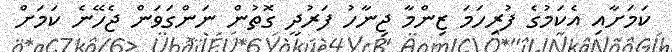
ކަމަށާއި އެކަމުގެ ފުރިހަމަ ޒިންމާ ޖިނާހު ފަރުދީ ގޮތުން ނަންގަވަން ޖެހޭނެ ކަމަށް